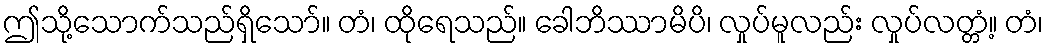
ဤသို့သောက်သည်ရှိသော်။ တံ၊ ထိုရေသည်။ ခေါဘိဿာမိပိ၊ လှုပ်မူလည်း လှုပ်လတ္တံ့။ တံ၊